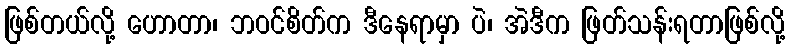
ဖြစ်တယ်လို့ ဟောတာ၊ ဘဝင်စိတ်က ဒီနေရာမှာ ပဲ၊ အဲဒီက ဖြတ်သန်းရတာဖြစ်လို့